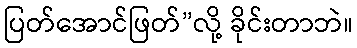
ပြတ်အောင်ဖြတ်”လို့ ခိုင်းတာဘဲ။